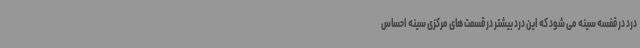
درد در قفسه سینه می شود که این درد بیشتر در قسمت های مرکزی سینه احساس